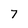
Character: 7